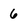
Character: 6